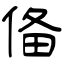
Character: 俻